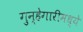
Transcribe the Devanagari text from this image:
गुन्हेगारीमध्ये